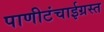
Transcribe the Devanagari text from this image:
पाणीटंचाईग्रस्त